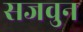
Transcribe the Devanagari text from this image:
सजवुन